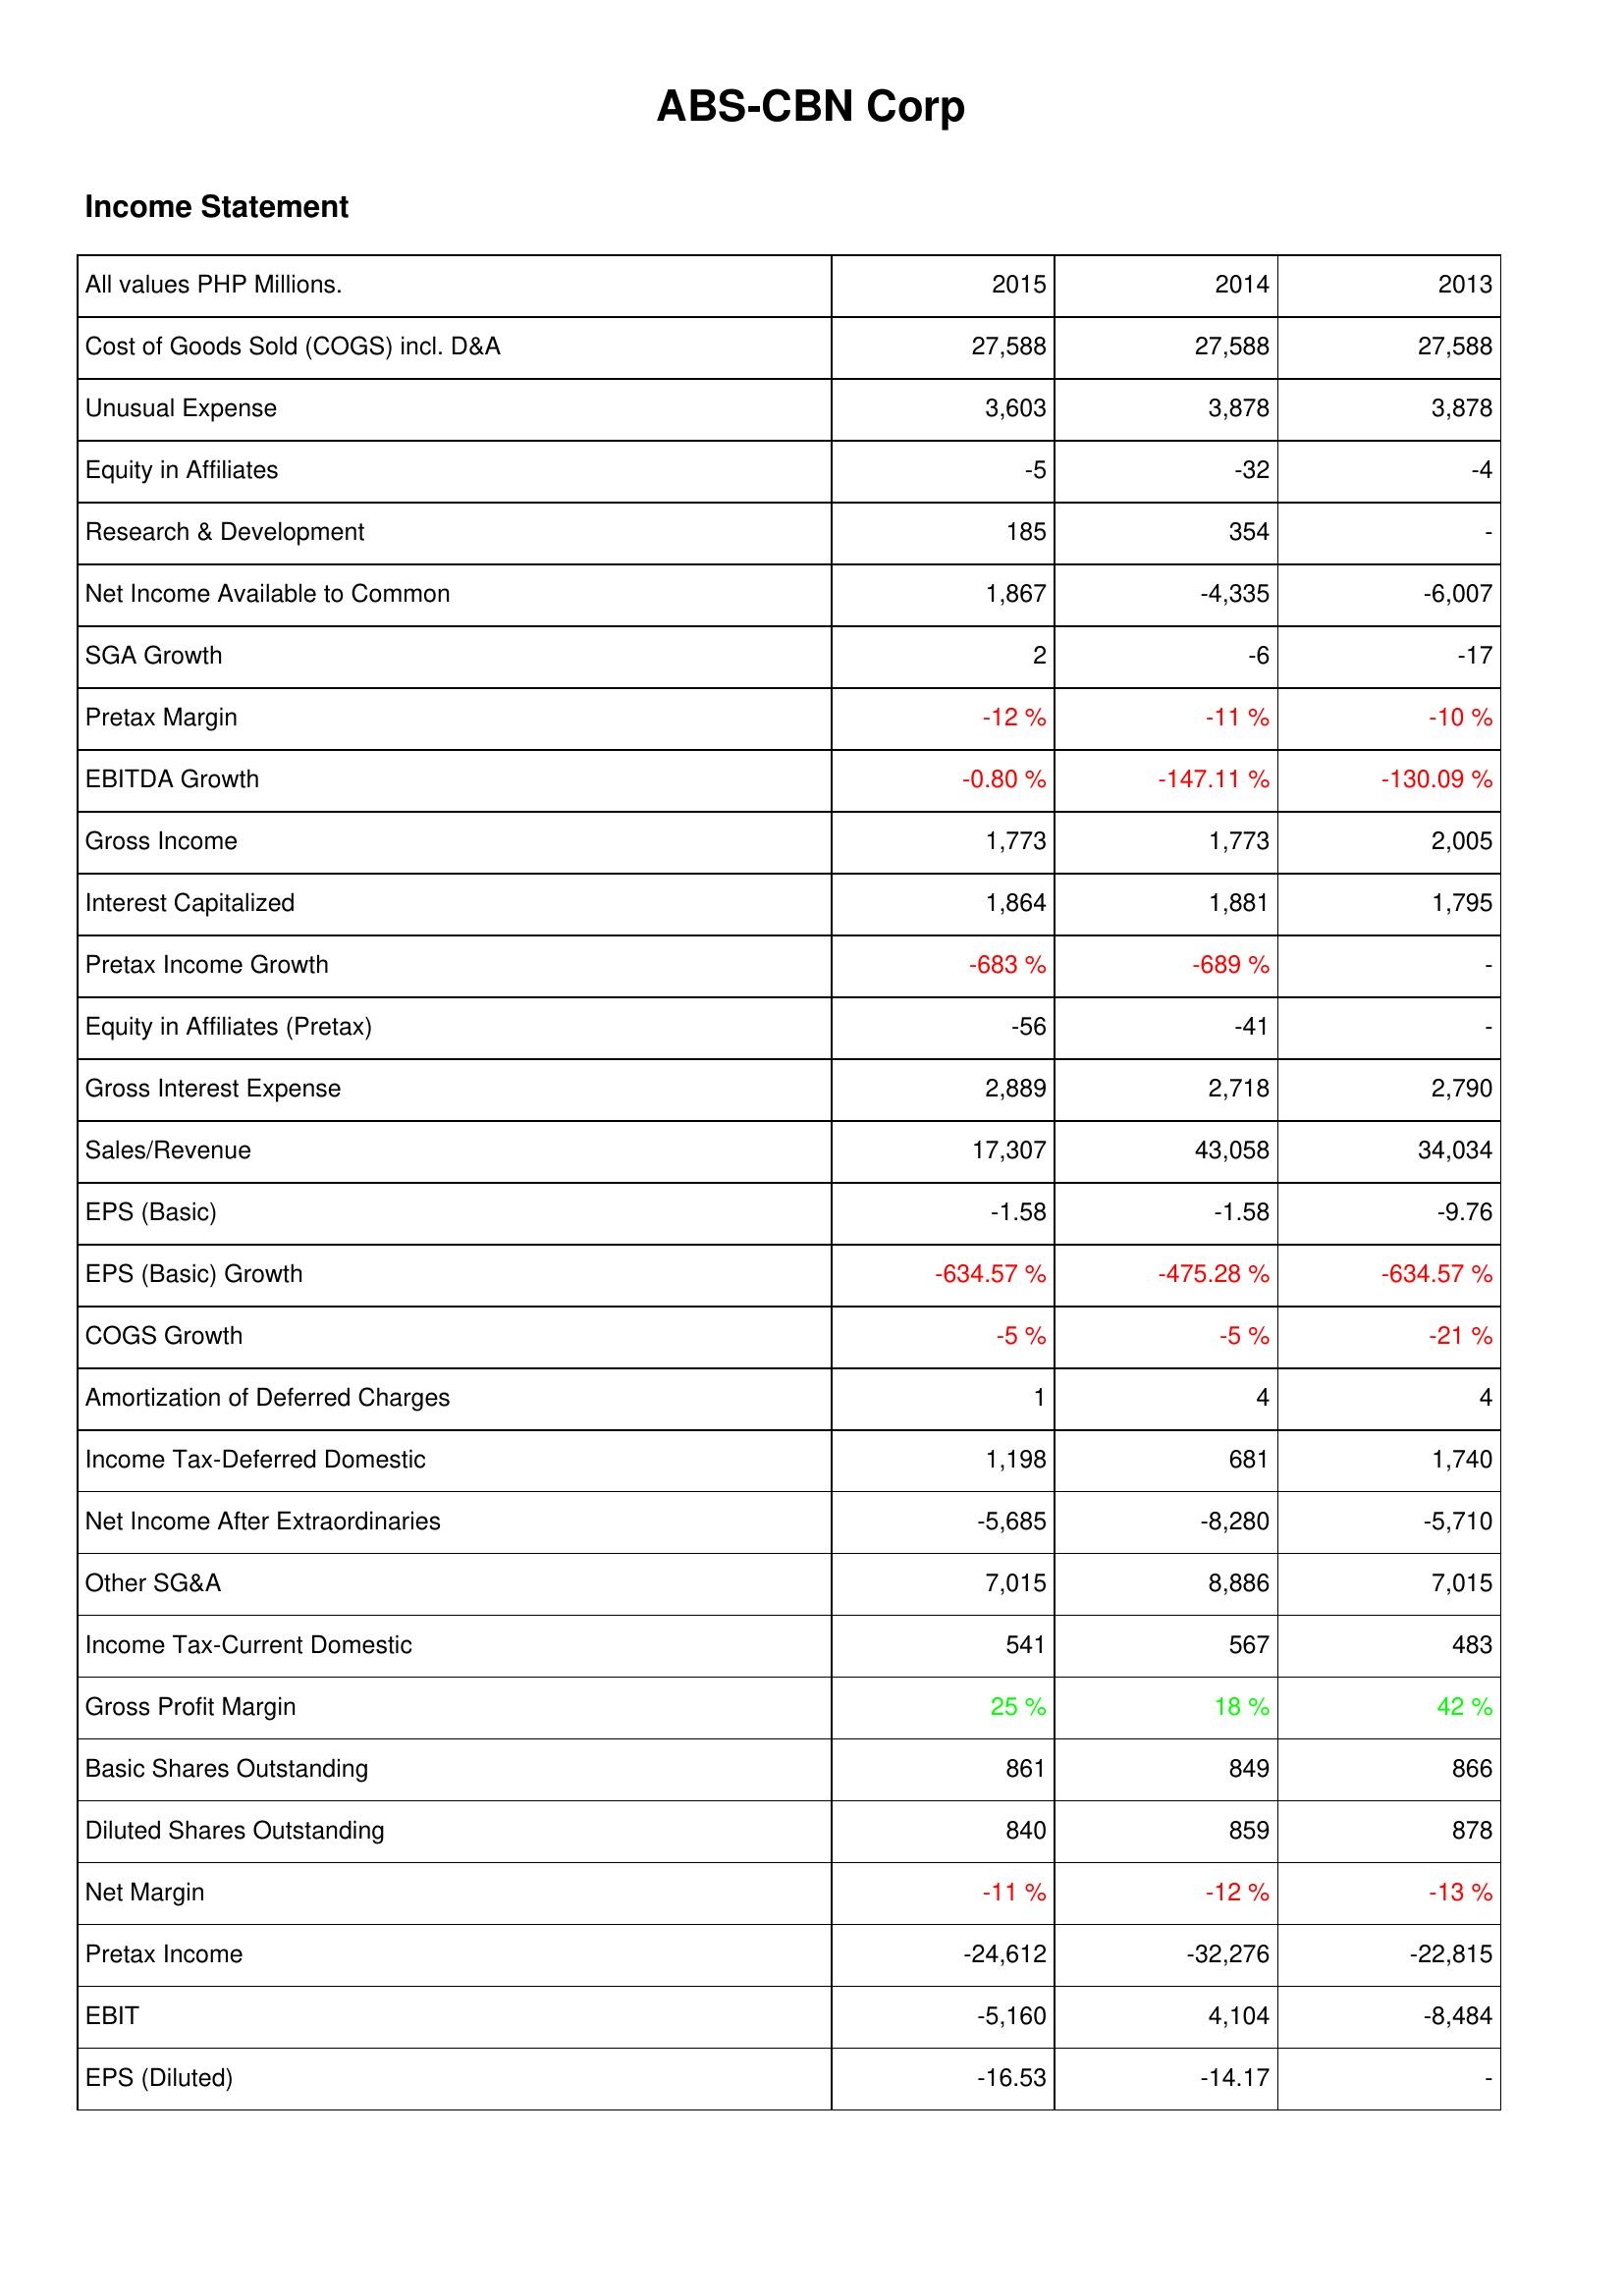
2015: Income Statement: Cost of Goods Sold (COGS) incl. D&A: 27,588
Unusual Expense: 3,603
Equity in Affiliates: -5
Research & Development: 185
Net Income Available to Common: 1,867
SGA Growth: 2
Pretax Margin: -12 %
EBITDA Growth: -0.80 %
Gross Income: 1,773
Interest Capitalized: 1,864
Pretax Income Growth: -683 %
Equity in Affiliates (Pretax): -56
Gross Interest Expense: 2,889
Sales/Revenue: 17,307
EPS (Basic): -1.58
EPS (Basic) Growth: -634.57 %
COGS Growth: -5 %
Amortization of Deferred Charges: 1
Income Tax-Deferred Domestic: 1,198
Net Income After Extraordinaries: -5,685
Other SG&A: 7,015
Income Tax-Current Domestic: 541
Gross Profit Margin: 25 %
Basic Shares Outstanding: 861
Diluted Shares Outstanding: 840
Net Margin: -11 %
Pretax Income: -24,612
EBIT: -5,160
EPS (Diluted): -16.53
2014: Income Statement: Cost of Goods Sold (COGS) incl. D&A: 27,588
Unusual Expense: 3,878
Equity in Affiliates: -32
Research & Development: 354
Net Income Available to Common: -4,335
SGA Growth: -6
Pretax Margin: -11 %
EBITDA Growth: -147.11 %
Gross Income: 1,773
Interest Capitalized: 1,881
Pretax Income Growth: -689 %
Equity in Affiliates (Pretax): -41
Gross Interest Expense: 2,718
Sales/Revenue: 43,058
EPS (Basic): -1.58
EPS (Basic) Growth: -475.28 %
COGS Growth: -5 %
Amortization of Deferred Charges: 4
Income Tax-Deferred Domestic: 681
Net Income After Extraordinaries: -8,280
Other SG&A: 8,886
Income Tax-Current Domestic: 567
Gross Profit Margin: 18 %
Basic Shares Outstanding: 849
Diluted Shares Outstanding: 859
Net Margin: -12 %
Pretax Income: -32,276
EBIT: 4,104
EPS (Diluted): -14.17
2013: Income Statement: Cost of Goods Sold (COGS) incl. D&A: 27,588
Unusual Expense: 3,878
Equity in Affiliates: -4
Research & Development: -
Net Income Available to Common: -6,007
SGA Growth: -17
Pretax Margin: -10 %
EBITDA Growth: -130.09 %
Gross Income: 2,005
Interest Capitalized: 1,795
Pretax Income Growth: -
Equity in Affiliates (Pretax): -
Gross Interest Expense: 2,790
Sales/Revenue: 34,034
EPS (Basic): -9.76
EPS (Basic) Growth: -634.57 %
COGS Growth: -21 %
Amortization of Deferred Charges: 4
Income Tax-Deferred Domestic: 1,740
Net Income After Extraordinaries: -5,710
Other SG&A: 7,015
Income Tax-Current Domestic: 483
Gross Profit Margin: 42 %
Basic Shares Outstanding: 866
Diluted Shares Outstanding: 878
Net Margin: -13 %
Pretax Income: -22,815
EBIT: -8,484
EPS (Diluted): -